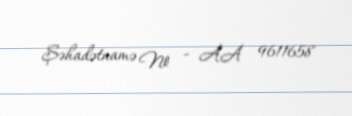
Şəhadətnamə № - AA 9611658